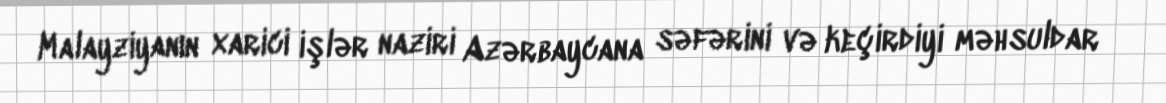
Malayziyanın xarici işlər naziri Azərbaycana səfərini və keçirdiyi məhsuldar